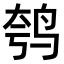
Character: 𫛦